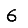
Digit: 6